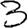
Digit: 3